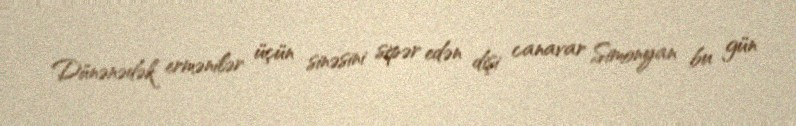
Dünənədək ermənilər üçün sinəsini sipər edən dişi canavar Simonyan bu gün